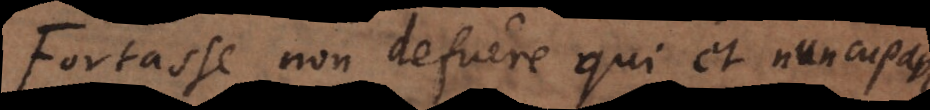
Fortasse non defuere qui et nuncupavere